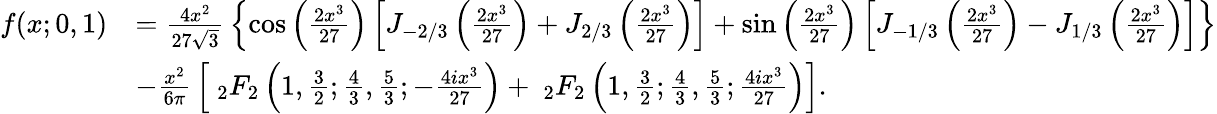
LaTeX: {\begin{array}{rl}{f(x;0,1)}&{={\frac{4x^{2}}{27{\sqrt{3}}}}\left\{ \cos\left({\frac{2x^{3}}{27}}\right)\left[J_{-2/3}\left({\frac{2x^{3}}{27}}\right)+J_{2/3}\left({\frac{2x^{3}}{27}}\right)\right]+\sin\left({\frac{2x^{3}}{27}}\right)\left[J_{-1/3}\left({\frac{2x^{3}}{27}}\right)-J_{1/3}\left({\frac{2x^{3}}{27}}\right)\right]\right\} }\\ &{-{\frac{x^{2}}{6\pi}}\left[~_{2}F_{2}\left(1,{\frac{3}{2}};{\frac{4}{3}},{\frac{5}{3}};-{\frac{4ix^{3}}{27}}\right)+~_{2}F_{2}\left(1,{\frac{3}{2}};{\frac{4}{3}},{\frac{5}{3}};{\frac{4ix^{3}}{27}}\right)\right].}\end{array}}